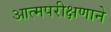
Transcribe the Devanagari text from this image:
आत्मपरीक्षणाने